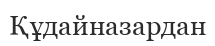
Құдайназардан